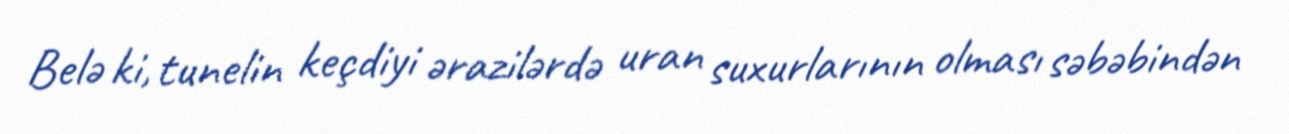
Belə ki, tunelin keçdiyi ərazilərdə uran suxurlarının olması səbəbindən